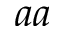
a a